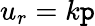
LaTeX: u_{r}=k\mathtt{p}